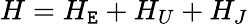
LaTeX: H=H_{\mathtt{E}}+H_{U}+H_{J}